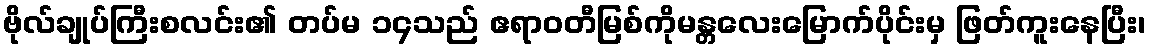
ဗိုလ်ချုပ်ကြီးစလင်း၏ တပ်မ ၁၄သည် ဧရာဝတီမြစ်ကိုမန္တလေးမြောက်ပိုင်းမှ ဖြတ်ကူးနေပြီး၊